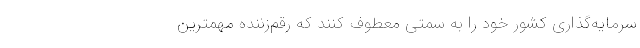
سرمایه‌گذاری کشور خود را به سمتی معطوف کنند که رقم‌زننده مهمترین